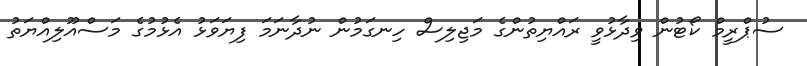
ސުޕްރީމް ކޯޓުން ވިދާޅުވީ ރައްޔިތުންގެ މަޖިލިސް ހިނގަމުން ނުދާނަމަ ފިޔަވަޅު އެޅުމުގެ މަސްއޫލިއްޔަތު